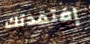
إفتقدتك